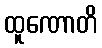
ထူဏောတိ